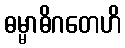
ဓမ္မာဓိဂတေဟိ